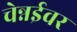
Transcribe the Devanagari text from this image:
चेन्नईवर